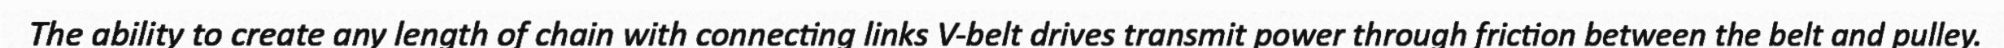
The ability to create any length of chain with connecting links V-belt drives transmit power through friction between the belt and pulley.